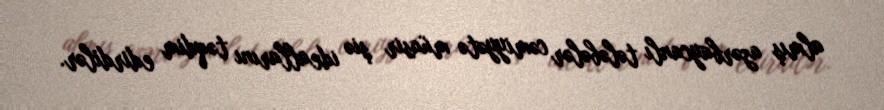
almış azərbaycanlı tələbələr cəmiyyətə müasir şiə ideallarını təqdim edirdilər.